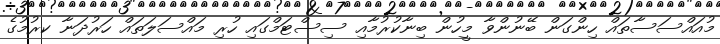
މުއައްސަސާތައް ހިންގަން ބޭނުންވާ މީހުން ބިނާކުރުމާއި ސިސްޓަމްގައި ހުރި މައްސަލަތައް ހަރުދަނާ ކރުމުގެ